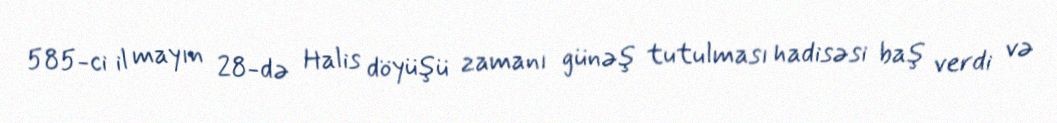
585-ci il mayın 28-də Halis döyüşü zamanı günəş tutulması hadisəsi baş verdi və